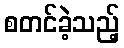
စတင်ခဲ့သည့်